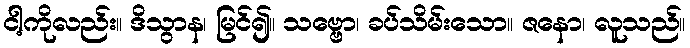
ငါ့ကိုလည်း။ ဒိသွာန၊ မြင်၍။ သဗ္ဗော၊ ခပ်သိမ်းသော။ ဇနော၊ လူသည်။